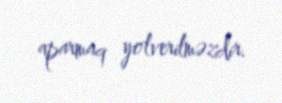
aparmaq yolverilməzdir.